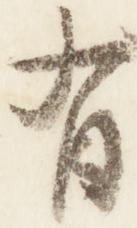
有